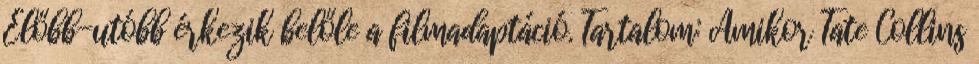
Előbb-utóbb érkezik belőle a filmadaptáció. Tartalom: Amikor Tate Collins